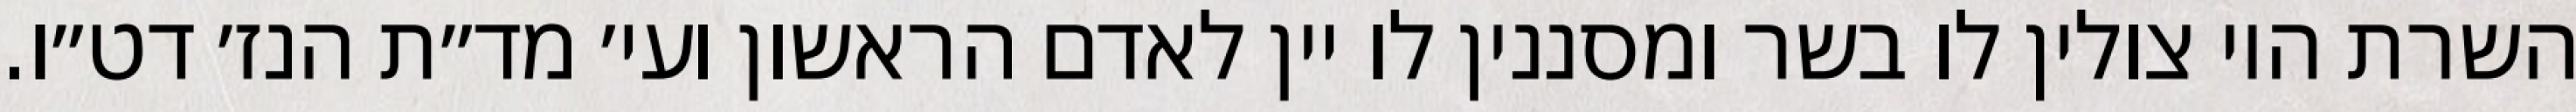
השרת היו צולין לו בשר ומסננין לו יין לאדם הראשון ועי׳ מד״ת הנז׳ דט״ו.